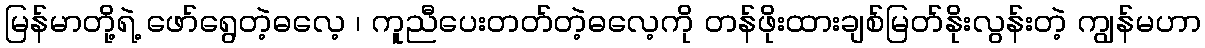
မြန်မာတို့ရဲ့ ဖော်ရွေတဲ့ဓလေ့ ၊ ကူညီပေးတတ်တဲ့ဓလေ့ကို တန်ဖိုးထားချစ်မြတ်နိုးလွန်းတဲ့ ကျွန်မဟာ